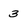
Character: 3